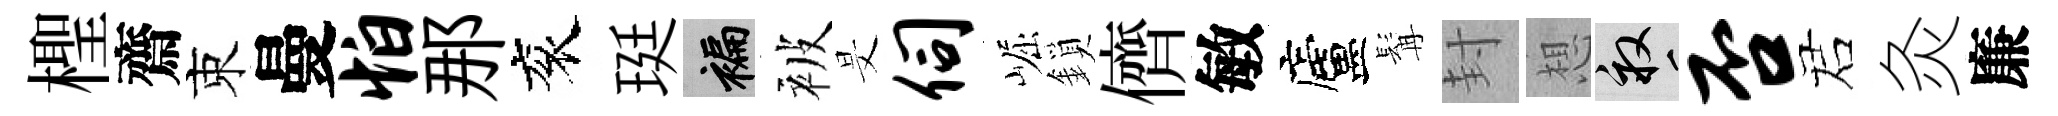
檉齋束曼怕那衮珽褊被旻伺崛鎖儕敏廬髯封想畝否诺灸廉